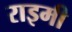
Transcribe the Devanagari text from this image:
राइमी